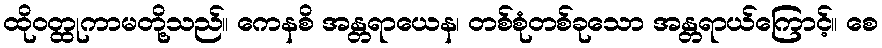
ထိုဝတ္ထုကာမတို့သည်။ ကေနစိ အန္တရာယေန၊ တစ်စုံတစ်ခုသော အန္တရာယ်ကြောင့်။ စေ